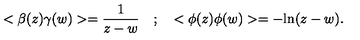
< \beta ( z ) \gamma ( w ) > = { \frac { 1 } { z - w } } \quad ; \quad < \phi ( z ) \phi ( w ) > = - \mathrm { l n } ( z - w ) .